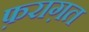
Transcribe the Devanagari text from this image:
फ़राग़त